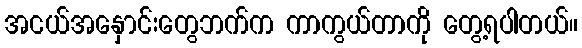
အငယ်အနှောင်းတွေဘက်က ကာကွယ်တာကို တွေ့ရပါတယ်။